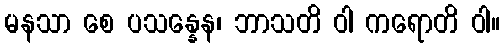
မနသာ စေ ပသန္နေန၊ ဘာသတိ ဝါ ကရောတိ ဝါ။